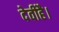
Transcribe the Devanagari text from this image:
देवीहै।